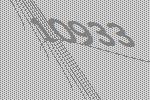
10933